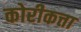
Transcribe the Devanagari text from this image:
कोरीकत्ता